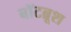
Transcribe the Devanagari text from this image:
बॉटब्रूश